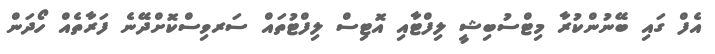
އެފް ގައި ބޭނުންކުރާ މިޓްސުބިޝީ ލިފްޓާއި އޮޓިސް ލިފްޓުތައް ސަރވިސްކޮށްދޭނެ ފަރާތެއް ހޯދަން